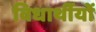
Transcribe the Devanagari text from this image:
विधार्थीयों